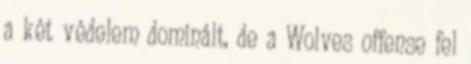
a két védelem dominált, de a Wolves offense fel